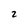
Character: z